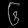
Digit: ၆